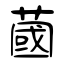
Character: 蔮